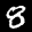
Label: 8